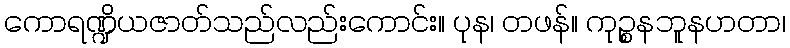
ကောရဏ္ဍိယဇာတ်သည်လည်းကောင်း။ ပုန၊ တဖန်။ ကုဉ္စနဘူနဟတာ၊